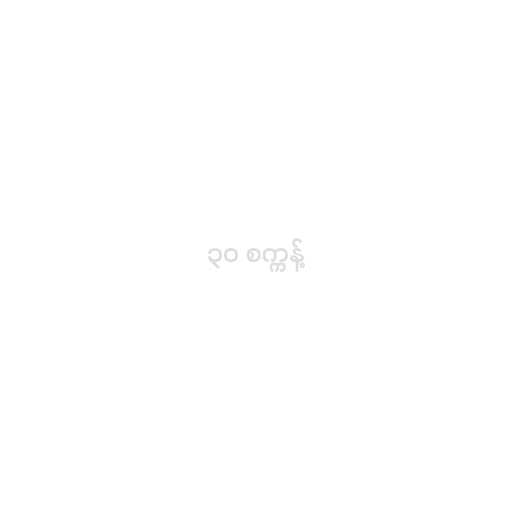
၃၀ စက္ကန့်